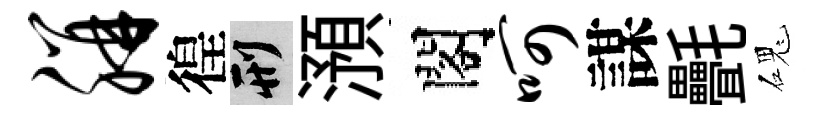
胼徨刑澦閣呵謀㲲磈